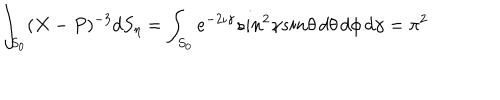
LaTeX: \int _ { S _ { 0 } } ( X - P ) ^ { - 3 } d S _ { \eta } = \int _ { S _ { 0 } } e ^ { - 2 \iota \gamma } s i n ^ { 2 } \gamma s i n \theta \, d \theta \, d \phi \, d \gamma = \pi ^ { 2 }